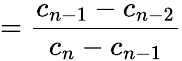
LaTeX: ={\frac{c_{n-1}-c_{n-2}}{c_{n}-c_{n-1}}}